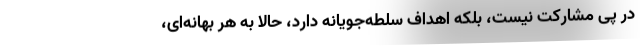
در پی مشارکت نیست، بلکه اهداف سلطه‌جویانه دارد، حالا به هر بهانه‌ای،